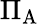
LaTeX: \Pi_{\mathrm{A}}